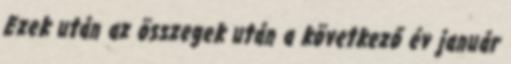
Ezek után az összegek után a következő év január